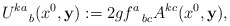
\begin{align*}U^{ka}_{~~~b}(x^{0}, {\bf y}) := 2gf^{a}_{~~bc} A^{kc}(x^{0}, {\bf y}),\end{align*}